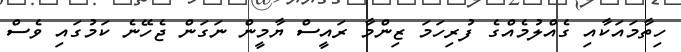
ހިތާމައަކާއި ގެއްލުމެއްގެ ފުރިހަމަ ޒިންމާ ރައީސް ޔާމީން ނަގަން ޖެހޭނެ ކަމުގައި ވެސް